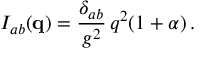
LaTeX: { \cal I } _ { a b } ( { \bf q } ) = \frac { \delta _ { a b } } { g ^ { 2 } } \, q ^ { 2 } ( 1 + \alpha ) \, .